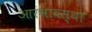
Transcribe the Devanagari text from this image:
आरंभावस्था